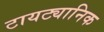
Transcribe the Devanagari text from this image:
टायट्यानिक